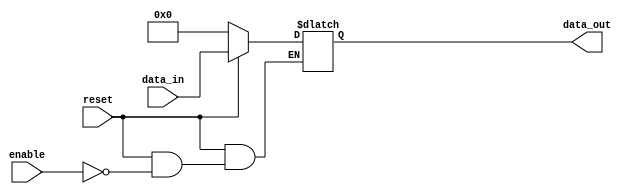
`timescale 1ns / 1ps
//////////////////////////////////////////////////////////////////////////////////
// Company: 
// Engineer: 
// 
// Design Name: 
// Module Name:    latch 
// Project Name: 
// Target Devices: 
// Tool versions: 
// Description: 
//
// Dependencies: 
//
// Revision: 
// Revision 0.01 - File Created
// Additional Comments: 
//
//////////////////////////////////////////////////////////////////////////////////
module latch( enable,
				  data_in,
				  reset,
				  data_out
				 );
parameter BUS_SIZE=32;

input [BUS_SIZE-1:0] data_in;
output reg [BUS_SIZE-1:0] data_out;
input enable,reset;

always @(enable or reset or data_in)
	if (!reset)
		begin
			data_out=0;
		end
	else
		if(enable)
			begin
				data_out=data_in;
			end	
		

/*	 
latch ( .enable(),
				  .data_in(),
				  .reset(),
				  .data_out()
				 );	 
*/
		

endmodule